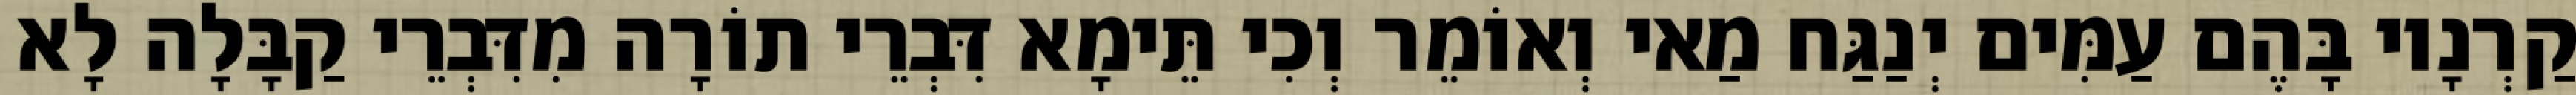
קַרְנָיו בָּהֶם עַמִּים יְנַגַּח מַאי וְאוֹמֵר וְכִי תֵּימָא דִּבְרֵי תוֹרָה מִדִּבְרֵי קַבָּלָה לָא